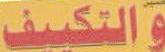
والتكييف